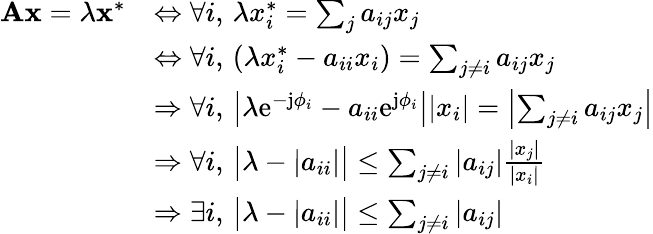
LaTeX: \begin{array}{rl}{\mathbf{Ax}=\lambda\mathbf{x}^{*}}&{\Leftrightarrow\forall i,\, \lambda x_{i}^{*}=\sum_{j}a_{ij}x_{j}}\\ &{\Leftrightarrow\forall i,\, (\lambda x_{i}^{*}-a_{ii}x_{i})=\sum_{j\neq i}a_{ij}x_{j}}\\ &{\Rightarrow\forall i,\, \left|\lambda\mathrm{e}^{-\mathrm{j}\phi_{i}}-a_{ii}\mathrm{e}^{\mathrm{j}\phi_{i}}\right||x_{i}|=\left|\sum_{j\neq i}a_{ij}x_{j}\right|}\\ &{\Rightarrow\forall i,\, \big|\lambda-|a_{ii}|\big|\leq\sum_{j\neq i}|a_{ij}|\frac{|x_{j}|}{|x_{i}|}}\\ &{\Rightarrow\exists i,\, \big|\lambda-|a_{ii}|\big|\leq\sum_{j\neq i}|a_{ij}|}\end{array}